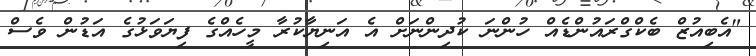
"އެބިއުޒް ބެކްގްރައުންޑެއް ހުންނަ ކުދިންނަށް އެ އަނިޔާކުރާ މީހެއްގެ ފިޔަވަޅުގެ އަޑުން ވެސް